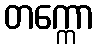
တက္ကော